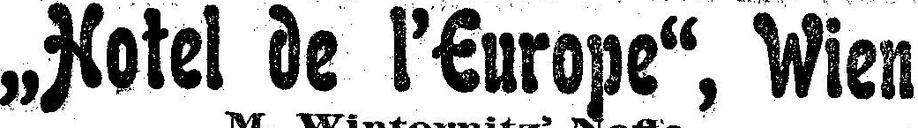
„Hotel de l’Europe“, Wien